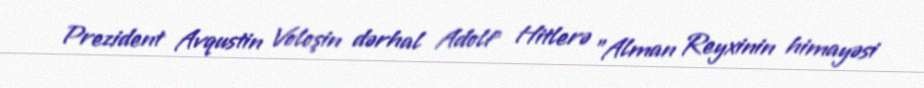
Prezident Avqustin Voloşin dərhal Adolf Hitlerə "Alman Reyxinin himayəsi